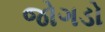
જોગડો